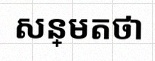
សន្មតថា x ជាចំនួនពិត